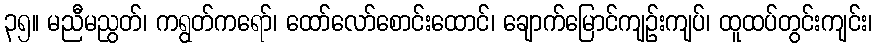
၃၅။ မညီမညွတ်၊ ကရွတ်ကရော်၊ ထော်လော်စောင်းထောင်၊ ချောက်မြောင်ကျဉ်းကျပ်၊ ထူထပ်တွင်းကျင်း၊